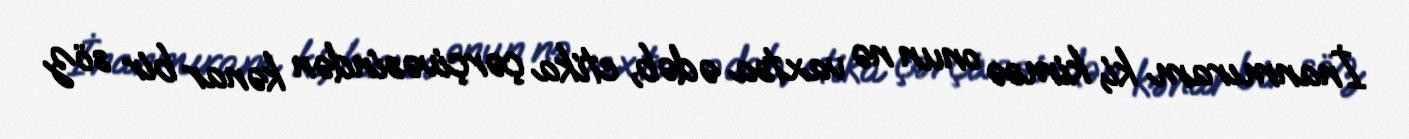
İnanmıram ki, kimsə onun nə vaxtsa ədəb, etika çərçivəsindən kənar bir söz